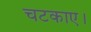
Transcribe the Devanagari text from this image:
चटकाए।